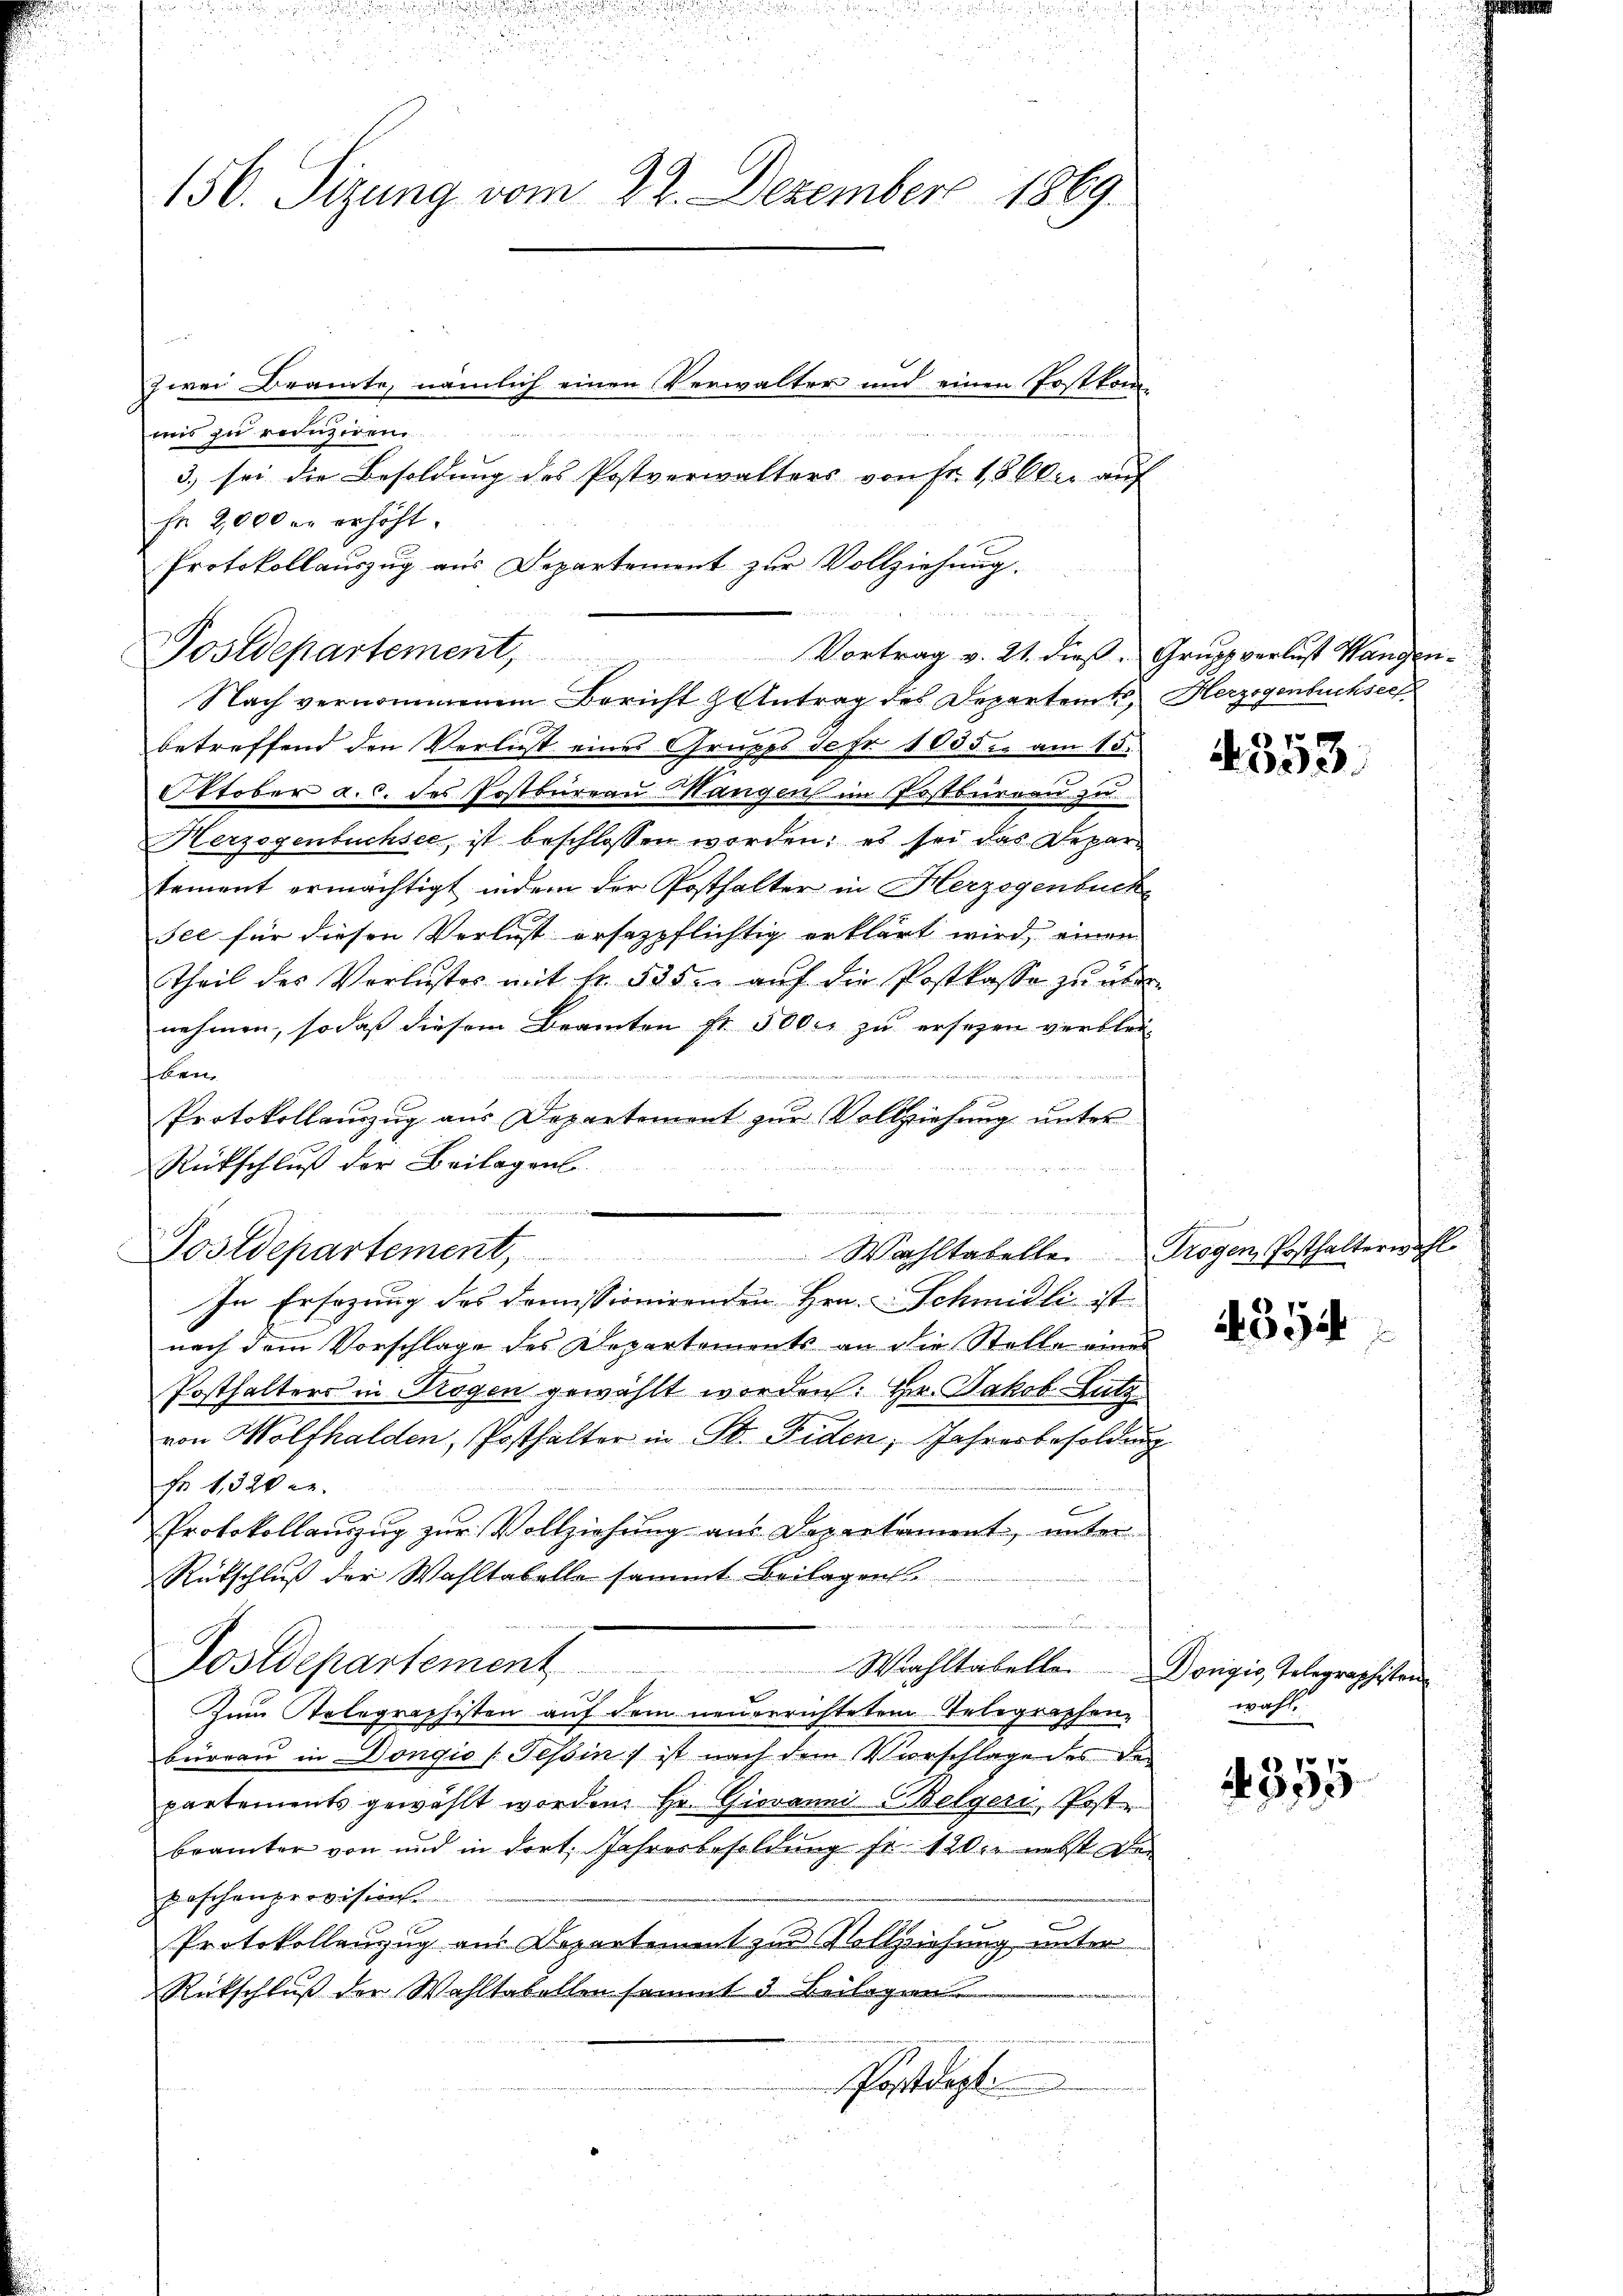
156. Sizung vom 22. Dezember 1869.

mnis zu reduziren.
f 2,000 er erhöht.
Protokollauszug aus Departement zur Vollziehung.
Nach vernommenem Bericht & Antrag des Departemts, Herzogenbuchsee
betreffend den Verlust eines Gruppe de fr. 1035 u. am 15.
Oktober a. c. des Postbureau Hangen im Postburren zu
Herzogenbuchsee, ist beschlossen worden; es sei das Departement ermächtigt, indem der Posthalter in Herzogenbuch
sel für diesen Verlust ersezpflichtig erklärt wird, einen
Theil des Verlustes mit fr. 535. auf die Postkasse zu übernehmen, so daß diesem Beamten fr. 5000 zu ersezen verblei¬

Eben

n
Protokollauszug aus Departement zur Vollziehung unter

Rückschluß der Beilagens
u
.
u
Postdepartement, Wahltabelle Trogen Posthalterwähl
In Ersezung des domissionirenden Hrn. Schmidli ist
nach dem Vorschlage des Departements an die Stelle eines
Posthalters in Trogen gewählt worden: Hr. Jakob Lutz
d
von Wolfhalden, Posthalter in St. Fiden, Jahresbesoldung
Fr 1, 320 en
.
Protokollauszug zur Vollziehung aus Departament, unter
Rükschluß der Wahltabelle sammt Beilagen
.
Postdepartement Wahltabelle. Dorigis, Telegraphisten
Zum Tolographisten auf dem neuerrichtetem Telegraphen-
büreau in Dongio (Tessin, ist nach dem Vorschlage des der
partements gewählt worden. Hr. Giovanni Celgeri, Poste
brämter von und in dort. Jahresbesoldung fr. 120 nebst der
Paschenprovision.
Protokollanzug aus Departement zur Vollziehung unter
Rückschluß der Wohltabellen sammt 3 Beilagen
Postdep
a

zwei Beamte, nämlich einen Verwalter und einen Erstkom-
3) sei die Besoldung des Postverwalters von Fr. 18 Al. auf

Postdepartement, Vortrag v. 21. dieβ. Grupp verlust Wangen-

4353.

4354

wahl.

355